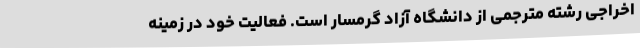
اخراجی رشته مترجمی از دانشگاه آزاد گرمسار است. فعالیت خود در زمینه